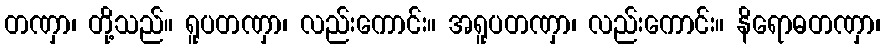
တဏှာ၊ တို့သည်။ ရူပတဏှာ၊ လည်းကောင်း။ အရူပတဏှာ၊ လည်းကောင်း။ နိရောဓတဏှာ၊